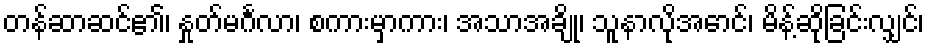
တန်ဆာဆင်၏၊ နှုတ်မင်္ဂလာ၊ စကားမှာကား၊ အသာအချို၊ သူနာလိုအောင်၊ မိန့်ဆိုခြင်းလျှင်၊